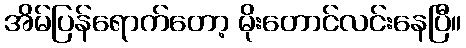
အိမ်ပြန်ရောက်တော့ မိုးတောင်လင်းနေပြီ။